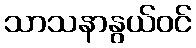
သာသနာနွယ်ဝင်